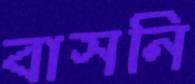
বাসনি